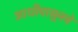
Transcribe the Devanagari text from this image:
आधीपासूनचे